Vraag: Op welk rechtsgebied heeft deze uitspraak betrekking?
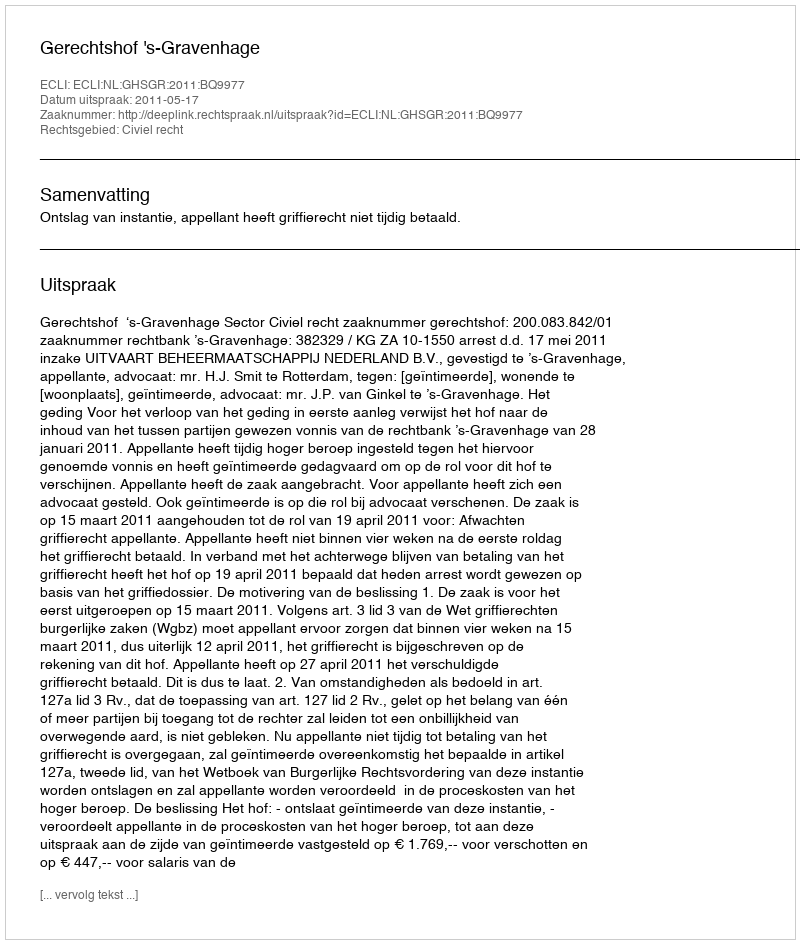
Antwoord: Civiel recht